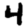
Digit: 4